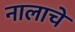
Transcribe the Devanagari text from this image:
नालाचे